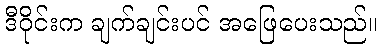
ဒီဝိုင်းက ချက်ချင်းပင် အဖြေပေးသည်။